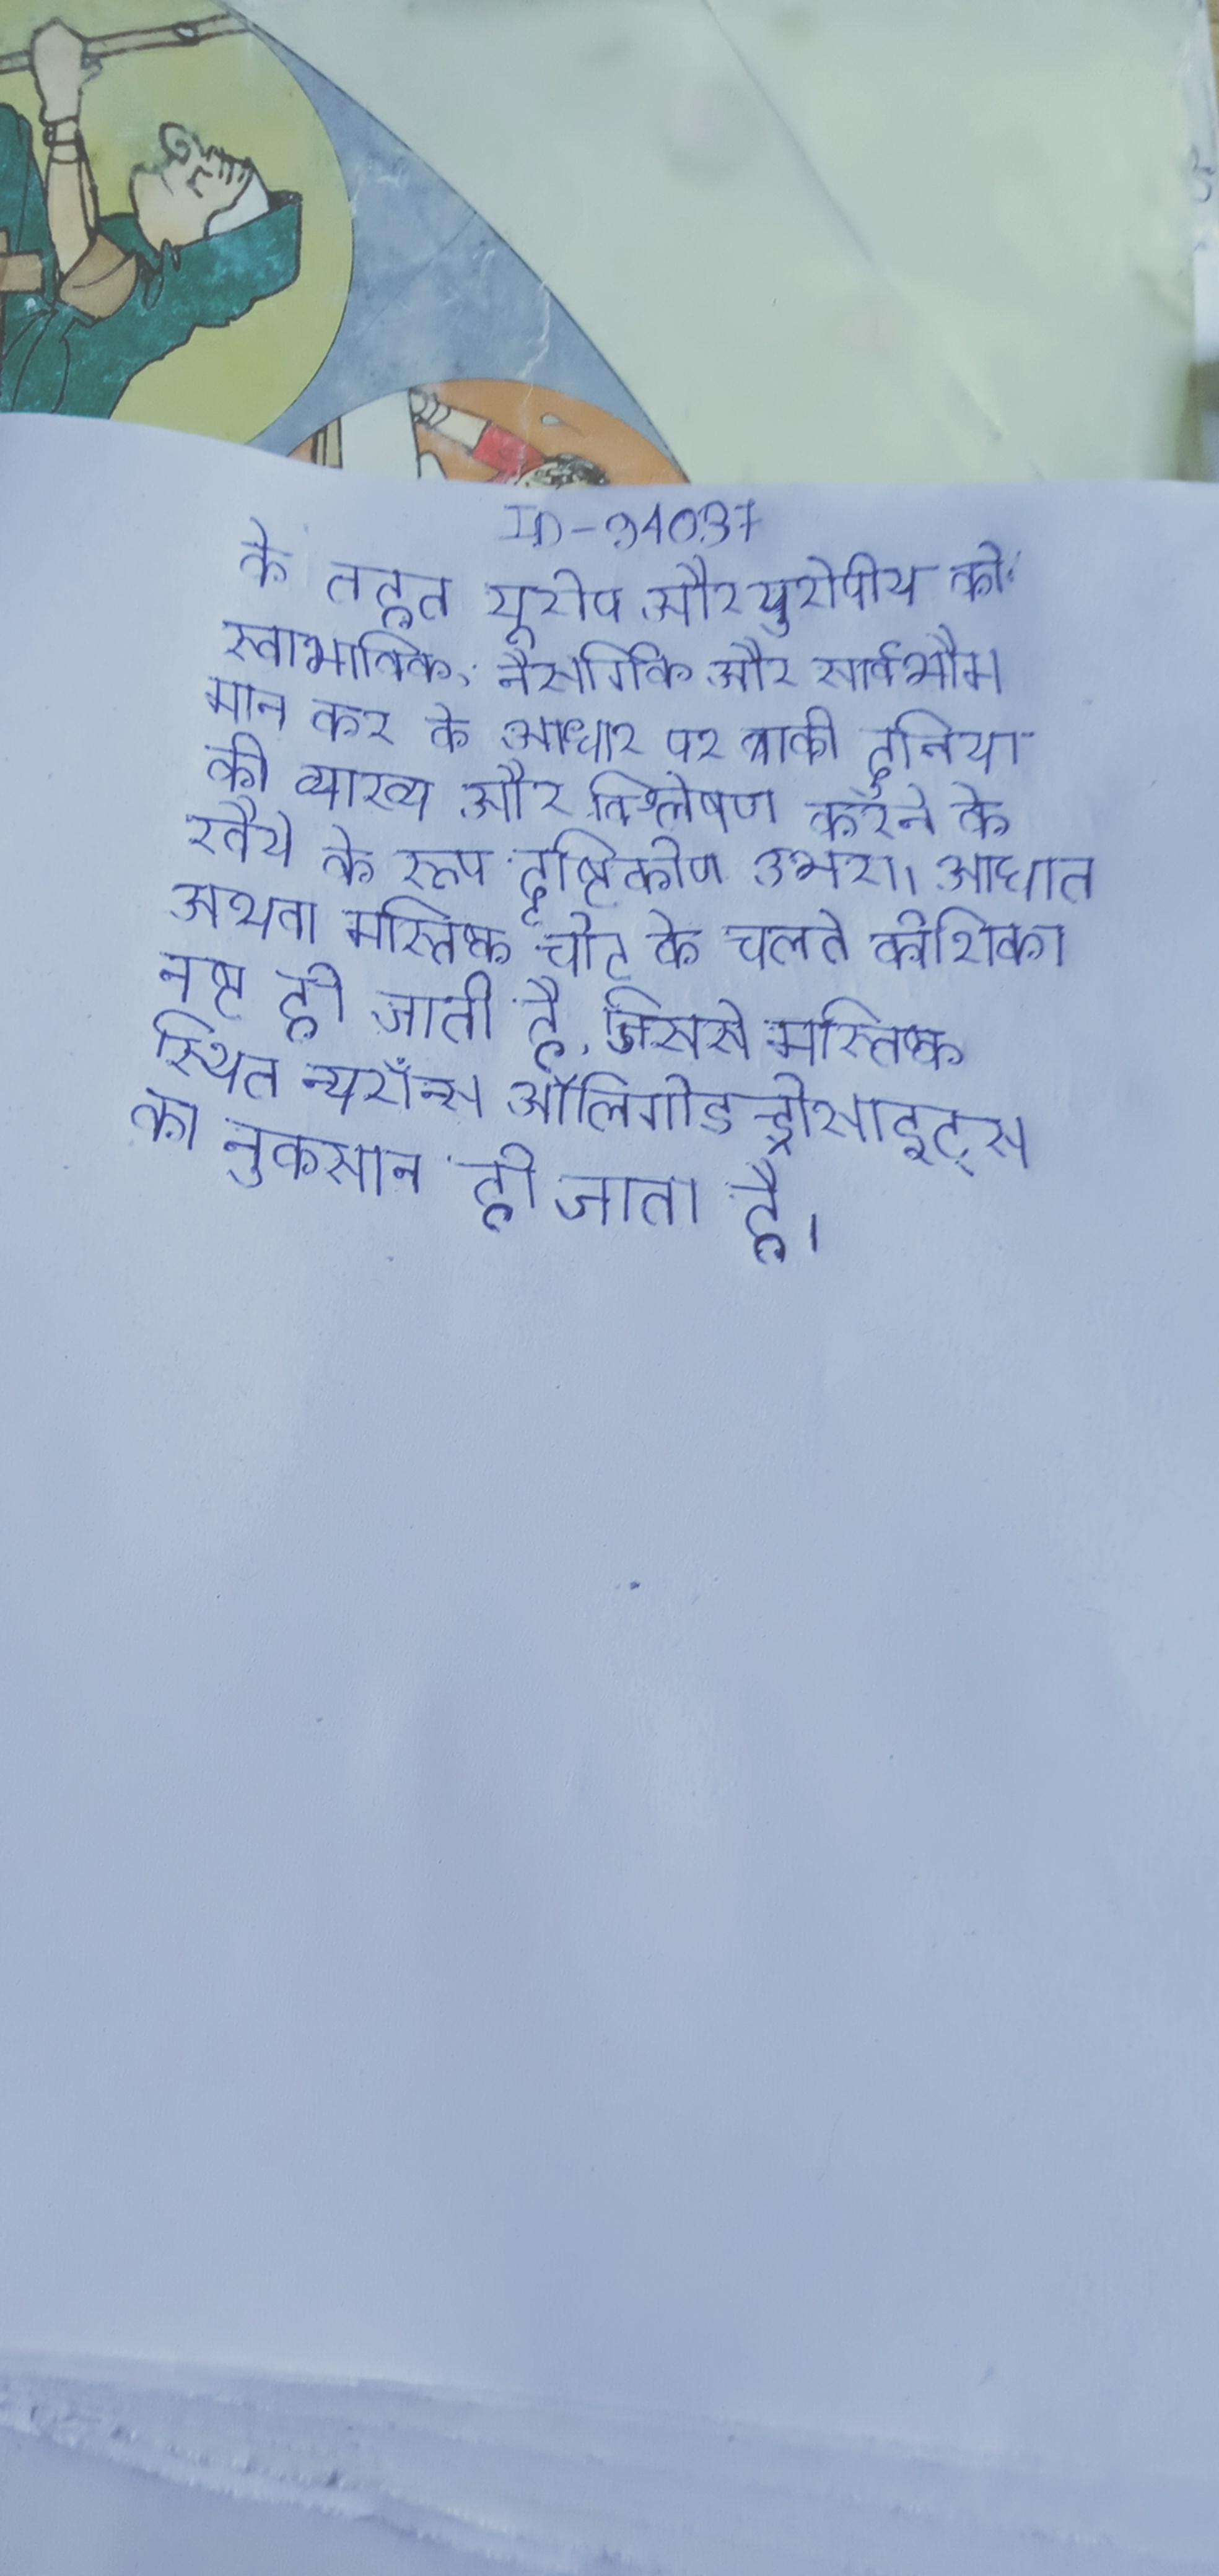
के तहत यूरोप और युरोपीय को स्वाभाविक, नैसर्गिक और सार्वभौम मान कर के आधार पर बाकी दुनिया की व्याख्या और विश्लेषण करने के रवैये के रूप दृष्टिकोण उभरा । आघात अथवा मस्तिष्क चोट के चलते कोशिका नष्ट हो जाती है, जिससे मस्तिष्क स्थित न्यूरॉन्स ऑलिगोडेन्ड्रोसाइट्स का नुकसान हो जाता है ।